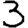
Digit: 3